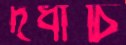
দধীচি